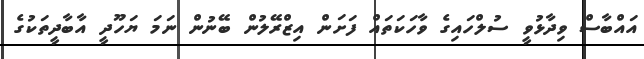
އައްބާސް ވިދާޅުވީ ސުލްހައިގެ ވާހަކަތައް ފަށަން އިޒްރޭލުން ބޭނުން ނަމަ ޔަހޫދީ އާބާދީތަކުގެ